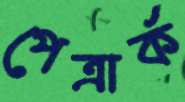
পেত্রার্ক